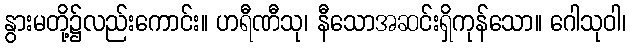
နွားမတို့၌လည်းကောင်း။ ဟရီဏီသု၊ နီသောအဆင်းရှိကုန်သော။ ဂေါသုဝါ၊